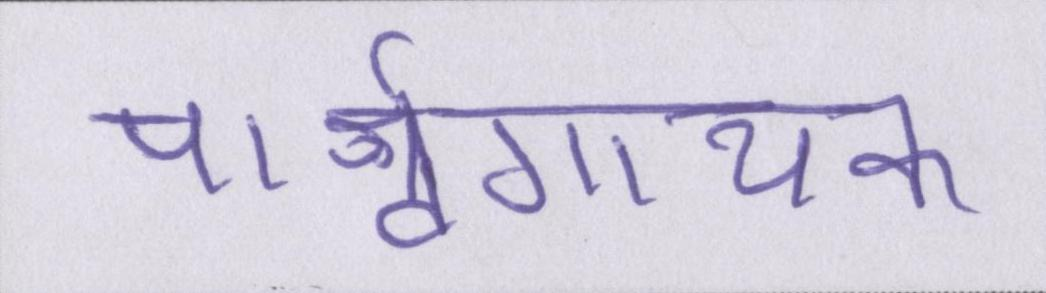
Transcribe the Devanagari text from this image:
पार्श्वगायक